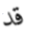
قد